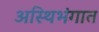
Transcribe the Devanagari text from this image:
अस्थिभंगात